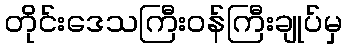
တိုင်းဒေသကြီးဝန်ကြီးချုပ်မှ